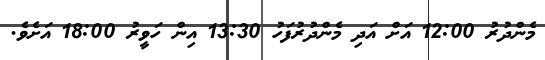
މެންދުރު 12:00 އަށް އަދި މެންދުރުފަހު 13:30 އިން ހަވީރު 18:00 އަށެވެ.